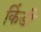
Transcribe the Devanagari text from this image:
किंडी